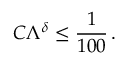
C \Lambda ^ { \delta } \leq \frac { 1 } { 1 0 0 } \, .